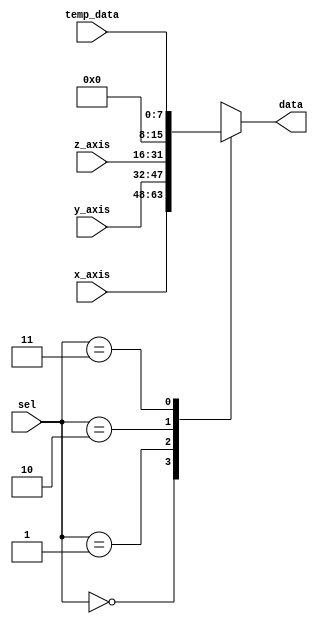
module data_select(
		x_axis,
		y_axis,
		z_axis,
		temp_data,
		data,
		sel
);

// ==============================================================================
// 									   Port Declarations
// ==============================================================================

			input [15:0]  x_axis;
			input [15:0]  y_axis;
			input [15:0]  z_axis;
			input [7:0]   temp_data;
			input [1:0]   sel;
			output [15:0] data;

// ==============================================================================
// 							  Parameters, Registers, and Wires
// ==============================================================================

			reg [15:0] data;
   
// ==============================================================================
// 									    Implementation
// ==============================================================================
   
			always @(sel, x_axis, y_axis, z_axis, temp_data) begin
					case (sel)
							2'b00 : data <= x_axis;
							2'b01 : data <= y_axis;
							2'b10 : data <= z_axis;
							2'b11 : data <= {8'h00, temp_data};
					endcase
			end

endmodule